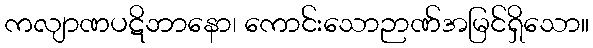
ကလျာဏပဋိဘာနော၊ ကောင်းသောဉာဏ်အမြင်ရှိသော။